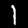
Label: 1